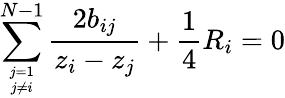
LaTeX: \sum_{j=1\atop j\not=i}^{N-1}{\frac{2b_{ij}}{z_{i}-z_{j}}}+{\frac{1}{4}}R_{i}=0